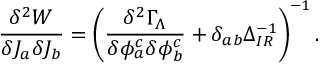
\frac { \delta ^ { 2 } W } { \delta J _ { a } \delta J _ { b } } = \left( \frac { \delta ^ { 2 } \Gamma _ { \Lambda } } { \delta \phi _ { a } ^ { c } \delta \phi _ { b } ^ { c } } + \delta _ { a b } \Delta _ { I R } ^ { - 1 } \right) ^ { - 1 } .